38_143685_box7_Incident_Summaries_1-100
Agency: Department of War
Page 201
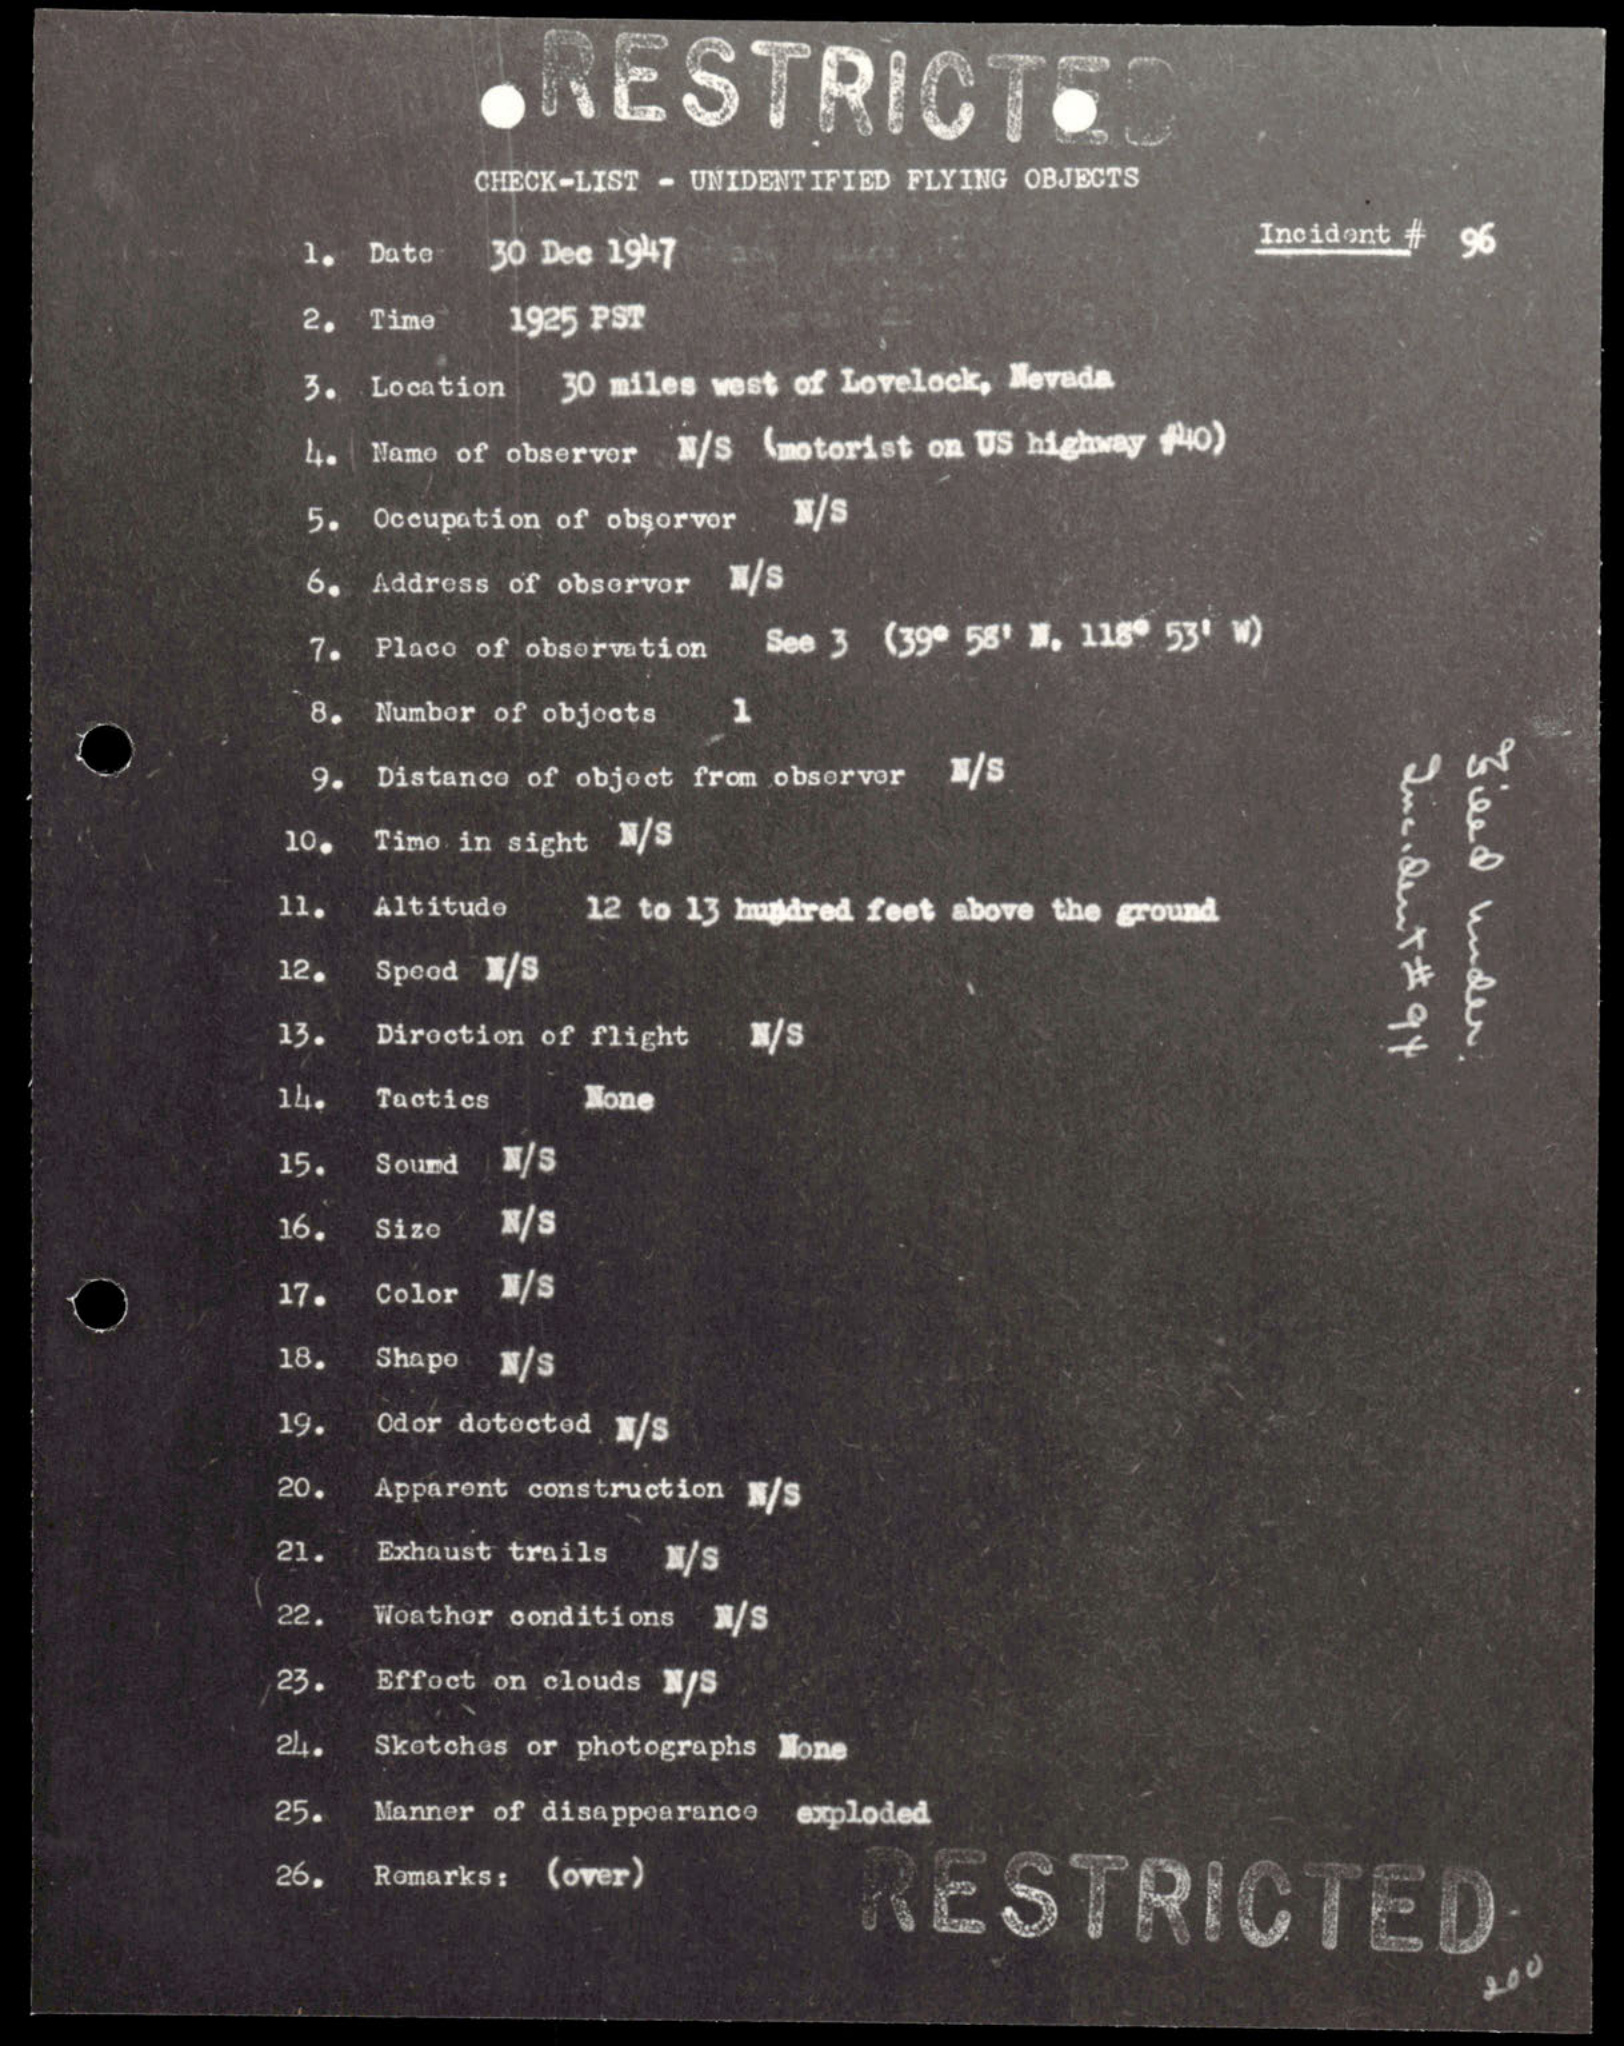